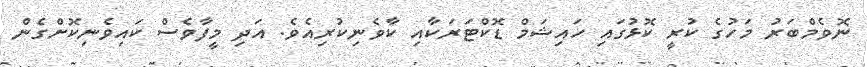
ނޮވެމްބަރު މަހުގެ ކުރީ ކޮޅުގައި ހައިޝަމް ޑޮކްޓަރަކާއި ކާވެނިކުރިއެވެ. އަދި މީފާވެސް ކައިވެނިކޮށްގެން